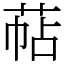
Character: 萜